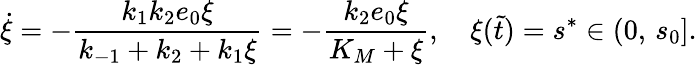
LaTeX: \dot{\xi}=-\frac{k_{1}k_{2}e_{0}\xi}{k_{-1}+k_{2}+k_{1}\xi}=-\frac{k_{2}e_{0}\xi}{K_{M}+\xi},\quad\xi(\widetilde t)=s^{*}\in(0,\, s_{0}].